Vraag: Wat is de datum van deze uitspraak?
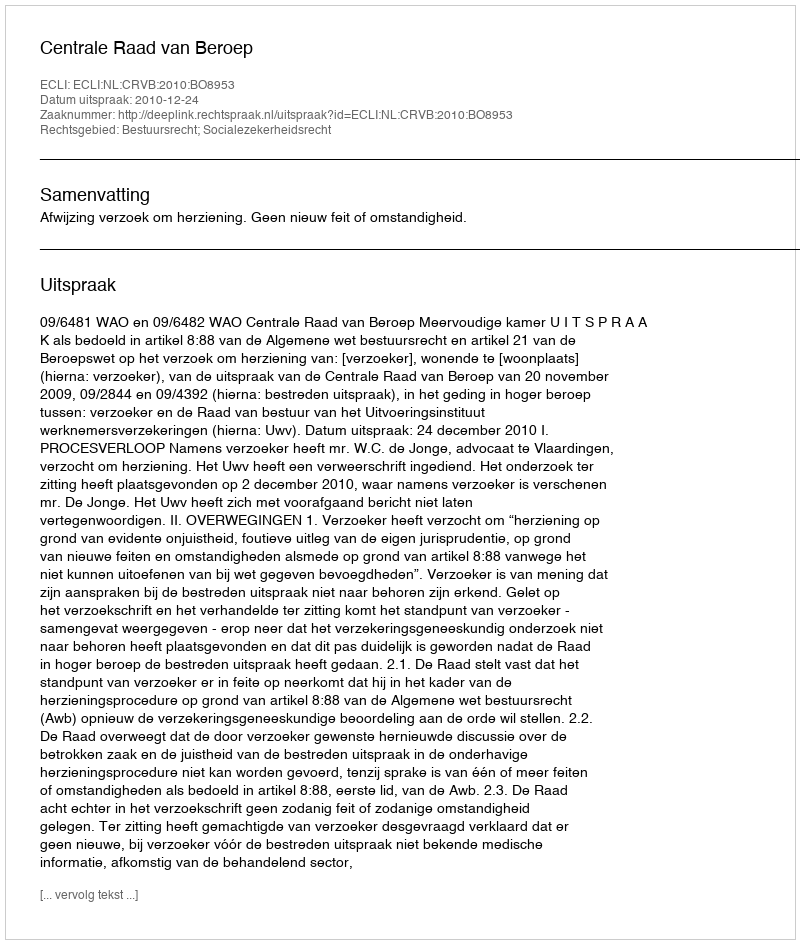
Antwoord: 2010-12-24